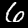
Label: 6